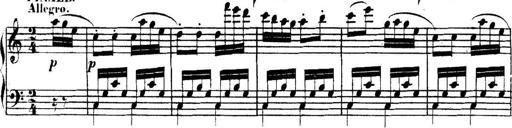
Title: Collected Piano Sonatas
Composer: Muzio Clementi